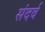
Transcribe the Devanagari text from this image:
संदर्व